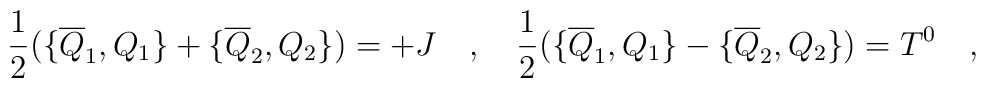
{1 \over 2} (\{ \overline{Q}_1, Q_1\} + \{ \overline{Q}_2, Q_2 \})= + J \quad ,\quad {1 \over 2} (\{ \overline{Q}_1, Q_1\} - \{ \overline{Q}_2, Q_2 \}) =  T^0\quad ,